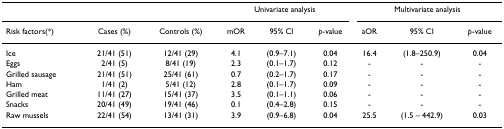
<table><thead><tr><td></td><td></td><td></td><td colspan="3"><b>Univariate analysis</b></td><td colspan="3"><b>Multivariate analysis</b></td></tr><tr><td><b>Risk factors(*)</b></td><td><b>Cases (%)</b></td><td><b>Controls (%)</b></td><td><b>mOR</b></td><td><b>95% CI</b></td><td><b><i>p</i>-value</b></td><td><b>aOR</b></td><td><b>95% CI</b></td><td><b><i>p</i>-value</b></td></tr></thead><tbody><tr><td>Ice</td><td>21/41 (51)</td><td>12/41 (29)</td><td>4.1</td><td>(0.9–7.1)</td><td>0.04</td><td>16.4</td><td>(1.8–250.9)</td><td>0.04</td></tr><tr><td>Eggs</td><td>2/41 (5)</td><td>8/41 (19)</td><td>2.3</td><td>(0.1–1.7)</td><td>0.12</td><td>-</td><td>-</td><td>-</td></tr><tr><td>Grilled sausage</td><td>21/41 (51)</td><td>25/41 (61)</td><td>0.7</td><td>(0.2–1.7)</td><td>0.17</td><td>-</td><td>-</td><td>-</td></tr><tr><td>Ham</td><td>1/41 (2)</td><td>5/41 (12)</td><td>2.8</td><td>(0.1–1.7)</td><td>0.09</td><td>-</td><td>-</td><td>-</td></tr><tr><td>Grilled meat</td><td>11/41 (27)</td><td>15/41 (37)</td><td>3.5</td><td>(0.1–1.1)</td><td>0.06</td><td>-</td><td>-</td><td>-</td></tr><tr><td>Snacks</td><td>20/41 (49)</td><td>19/41 (46)</td><td>0.1</td><td>(0.4–2.8)</td><td>0.15</td><td>-</td><td>-</td><td>-</td></tr><tr><td>Raw mussels</td><td>22/41 (54)</td><td>13/41 (31)</td><td>3.9</td><td>(0.9–6.8)</td><td>0.04</td><td>25.5</td><td>(1.5 – 442.9)</td><td>0.03</td></tr></tbody></table>